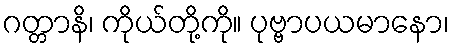
ဂတ္တာနိ၊ ကိုယ်တို့ကို။ ပုဗ္ဗာပယမာနော၊